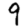
Digit: 9